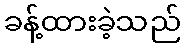
ခန့်ထားခဲ့သည်